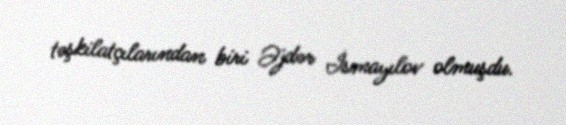
təşkilatçılarından biri Əjdər İsmayılov olmuşdu.